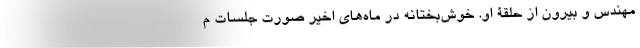
مهندس و بیرون از حلقۀ او. خوش‌بختانه در ماه‌های اخیر صورت جلسات م